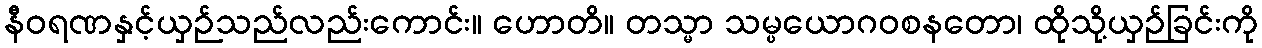
နီဝရဏနှင့်ယှဉ်သည်လည်းကောင်း။ ဟောတိ။ တသ္မာ သမ္ပယောဂဝစနတော၊ ထိုသို့ယှဉ်ခြင်းကို